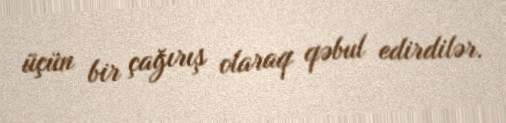
üçün bir çağırış olaraq qəbul edirdilər.